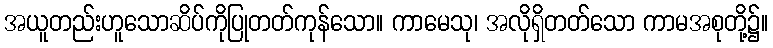
အယူတည်းဟူသောဆိပ်ကိုပြုတတ်ကုန်သော။ ကာမေသု၊ အလိုရှိတတ်သော ကာမအစုတို့၌။